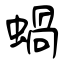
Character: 蝸